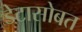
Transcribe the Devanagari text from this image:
डेटासोबत